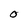
Character: O